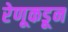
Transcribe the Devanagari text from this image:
रेणूकडून